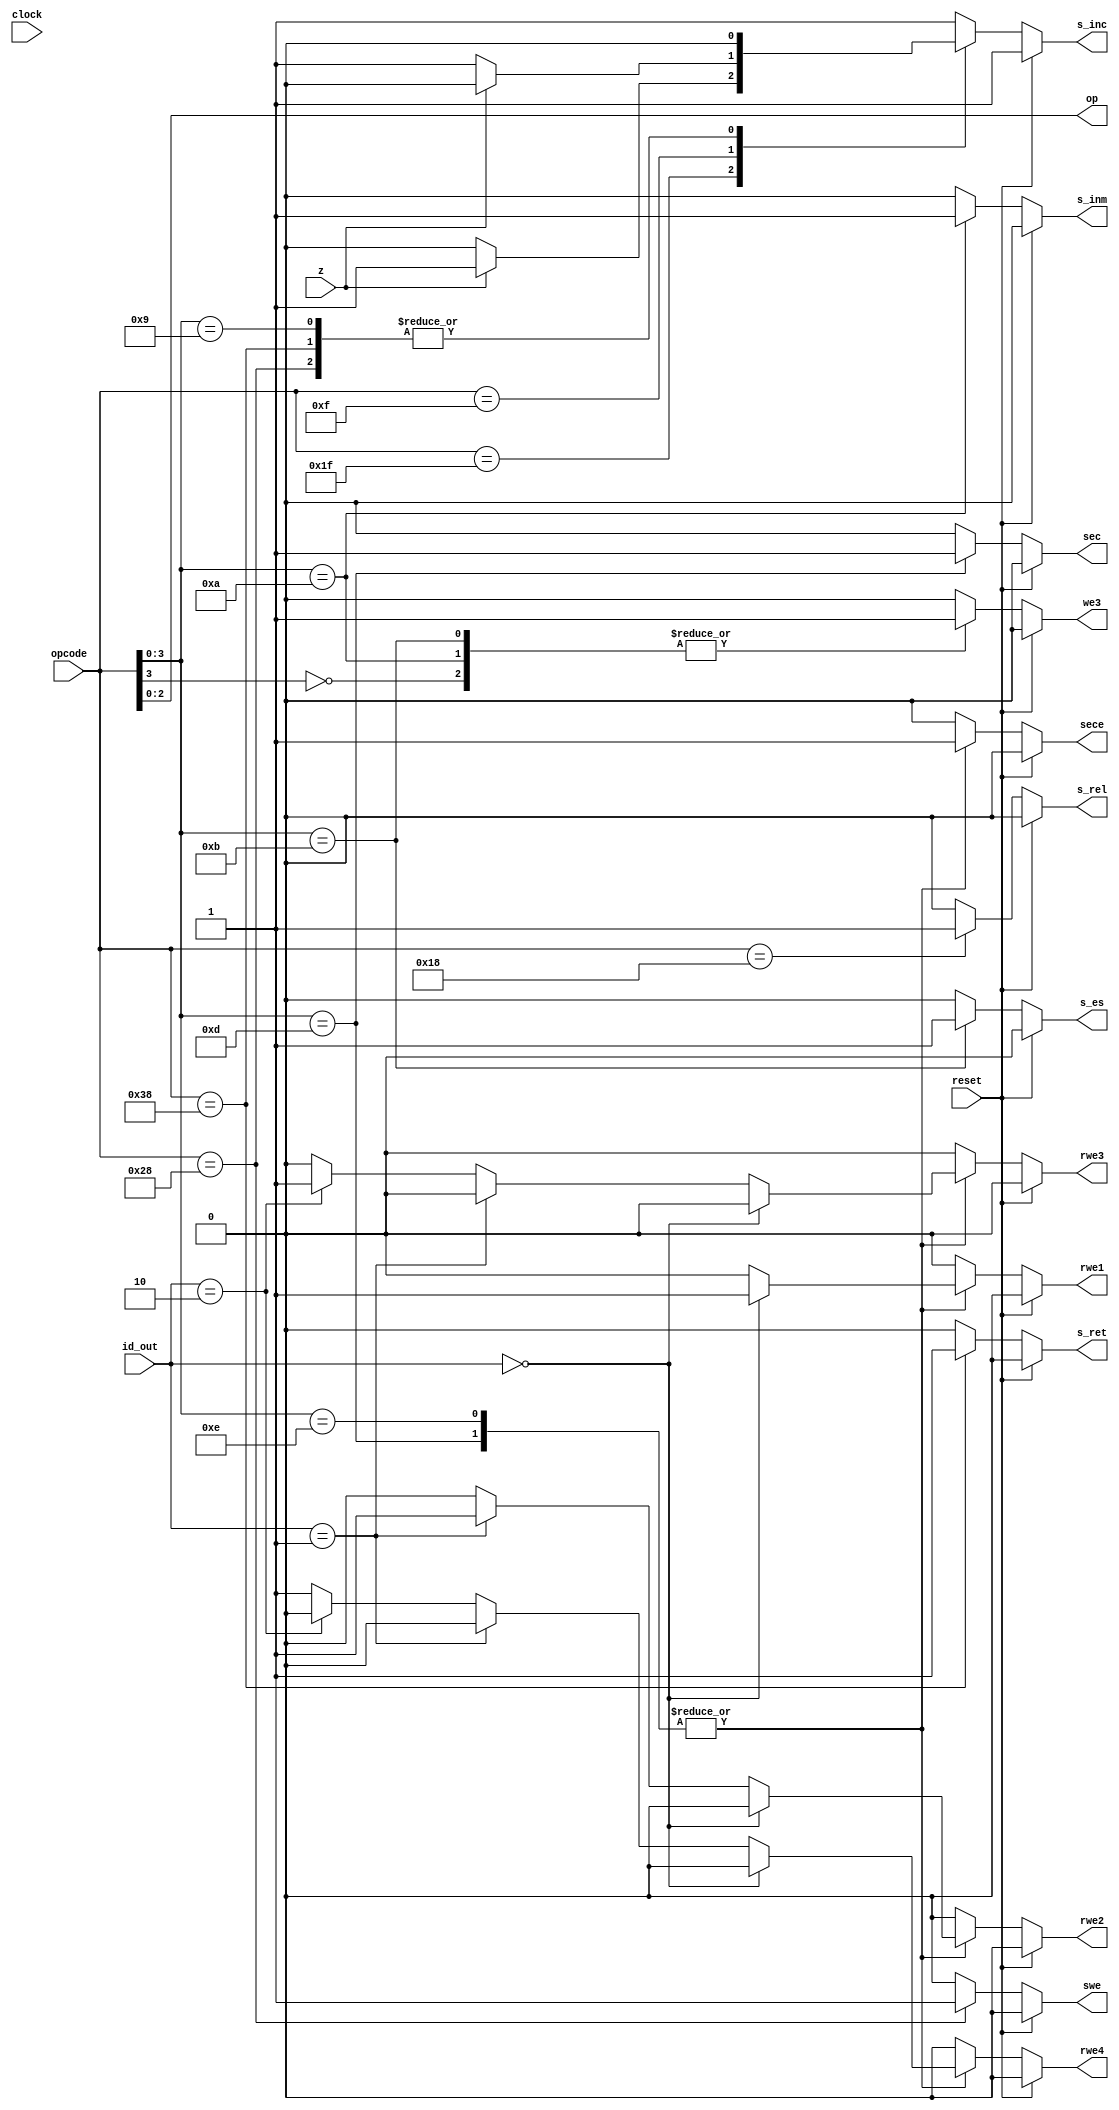
module uc(input wire clock,reset,z, input wire [1:0] id_out, input wire [5:0] opcode, 
          output reg s_inc, s_inm, we3, rwe1, rwe2, rwe3, rwe4, sec, sece, s_es, s_rel, swe, s_ret, output wire [2:0] op);


  assign op = opcode[2:0];

  always @(*)
  begin

    rwe1 <= 1'b0;      //Desactivar puertos de E/S
    rwe2 <= 1'b0;      //Desactivar puertos de E/S
    rwe3 <= 1'b0;      //Desactivar puertos de E/S
    rwe4 <= 1'b0;      //Desactivar puertos de E/S
    swe <= 1'b0;      //desactivar registro especial(subrutina)
    s_ret <= 1'b0;    //no tomar valor de retorno
    sece <= 1'b0;     //Desactivar Salida de E/S

    if (reset == 1'b1)
    begin
      we3 <= 1'b0;   //No escribir en el banco de registros
      s_inm <= 1'b0; //Da igual el valor, no se trabaja con registros
      s_inc <= 1'b1; //Para que el PC coja la siguiente instruccin
      sec <= 1'b0;      //Da igual
      sece <= 1'b0;     //Desactivar Salida de E/S
      s_es <= 1'b0;     //Desactivar E/S
      s_rel <= 1'b0;    //Despreciar salto relativo
      swe <= 1'b0;      //desactivar registro especial(subrutina)
      s_ret <= 1'b0;    //no tomar valor de retorno
    end

    else
    begin
      casex (opcode)              

        // Instrucciones arimticas (4bit a 0)
        6'bxx0xxx:
        begin
          //op <= opcode[2:0]; //Cdigo de operacin de ALU
          we3 <= 1'b1;       //Permitir escritura en registros
          s_inm <= 1'b0;     //Escoger resultado de la ALU
          s_inc <= 1'b1;     //Escoger siguiente instruccin
          sec <= 1'b0;      //Da igual
          sece <= 1'b0;     //Desactivar Salida de E/S
          s_es <= 1'b0;     //Desactivar E/S
          s_rel <= 1'b0;    //Despreciar salto relativo
        end

        // Instruccin: Carga Inmediata
        6'bxx1010:
        begin
          we3 <= 1'b1;       //Permitir escritura en registros
          s_inm <= 1'b1;     //La ALU no nos interesa
          s_inc <= 1'b1;     //Escoger siguiente instruccin
          sec <= 1'b0;      //Da igual
          sece <= 1'b0;     //Desactivar Salida de E/S
          s_es <= 1'b0;     //Desactivar E/S
          s_rel <= 1'b0;    //Despreciar salto relativo         
        end

        // Instruccin: Salto Incondicional
        6'bxx1001:
        begin
          we3 <= 1'b0;       //No trabaja con registros
          s_inm <= 1'b0;     //Da igual el valor porque no se trabaja con registros
          s_inc <= 1'b0;     //Escoger el salto indicado
          sec <= 1'b0;      //Da igual
          sece <= 1'b0;     //Desactivar Salida de E/S
          s_es <= 1'b0;     //Desactivar E/S
          s_rel <= 1'b0;    //Despreciar salto relativo         
        end

        // Instruccin: LES cargar desde E/S
        6'bxx1011:
        begin
          we3 <= 1'b1;       //Permitir escritura en registros
          s_inm <= 1'b0;     //Da igual el valor porque no se trabaja con registro
          sec <= 1'b0;      //Da igual
          sece <= 1'b0;     //Desactivar Salida de E/S
          s_es <= 1'b1;     //Activar entrada desde E/S
          s_inc <= 1'b1;   //Siguiente instruccin
          s_rel <= 1'b0;    //Despreciar salto relativo        
        end



/////////////////////////////////////////////////////////////////////////////////////////////////////////////////////////////


        // Instruccin: PRINT muestra por pantalla un registro
        // 6'bxx1100:
        // begin
        //   // we3 <= 1'b0;       // No trabaja con registros
        //   // s_inm <= 1'b0;     // Da igual el valor porque no se trabaja con registro
        //   // sec <= 1'b1;      // Se envia a la E/S desde un registro
        //   // s_es <= 1'b0;     //Desactivar entrada desde E/S
        //   // s_inc <= 1'b1;    //Siguiente instruccin
        //   // s_rel <= 1'b0;    //Despreciar salto relativo        

        //   // rwe1 <= 1'b1;
        //   // rwe2 <= 1'b1;
        //   // rwe3 <= 1'b1;
        //   // rwe4 <= 1'b1;

        // end

//////////////////////////////////////////////////////////////////////////////////////////////////////////////////////////////



        // Instruccin: Envia a la E/S desde el registro
        6'bxx1101:
        begin
          we3 <= 1'b0;       //No trabaja con registros
          s_inm <= 1'b0;     //Da igual el valor porque no se trabaja con registros
          sec <= 1'b1;      //A 1 = Registro
          sece <= 1'b1;     //Activar Salida de E/S
          s_es <= 1'b0;     //Desctivar entrada desde E/S
          s_inc <= 1'b1;   //Siguiente instruccin
          s_rel <= 1'b0;    //Despreciar salto relativo        
          if (id_out == 2'b00)
            rwe1 <= 1'b1;
          else if(id_out == 2'b01)
            rwe2 <= 1'b1;
          else if(id_out == 2'b10)
            rwe3 <= 1'b1;
          else
            rwe4 <= 1'b1;                      
        end

        // Instruccin: Envia a la E/S desde la memoria
        6'bxx1110:
        begin
          we3 <= 1'b0;       //No trabaja con registros
          s_inm <= 1'b0;     //Da igual el valor porque no se trabaja con registros
          sec <= 1'b0;      //A 0 = Memoria
          sece <= 1'b1;     //Activar Salida de E/S
          s_es <= 1'b0;     //Desctivar entrada desde E/S
          s_inc <= 1'b1;   //Siguiente instruccin
          s_rel <= 1'b0;    //Despreciar salto relativo        
          if (id_out == 2'b00)
            rwe1 <= 1'b1;
          else if(id_out == 2'b01)
            rwe2 <= 1'b1;
          else if(id_out == 2'b10)
            rwe3 <= 1'b1;
          else
            rwe4 <= 1'b1;              
        end                

        // Instruccin: Salto Condicional (si z=0)
        6'b011111:
        begin
          we3 <= 1'b0;       //No trabaja con registros
          s_inm <= 1'b0;     //Da igual el valor porque no se trabaja con registros
          sec <= 1'b0;      //Da igual
          sece <= 1'b0;     //Desactivar Salida de E/S
          s_es <= 1'b0;     //Desactivar E/S
          s_rel <= 1'b0;    //Despreciar salto relativo        
          if (z == 1'b0)
            s_inc <= 1'b0;   //Saltar
          else
            s_inc <= 1'b1;   //Siguiente instrucin
        end
    
        // Instruccin: Salto Condicional (si z=1)
        6'b001111:
        begin
          we3 <= 1'b0;       //No trabaja con registros
          s_inm <= 1'b0;     //Da igual el valor porque no se trabaja con registros
          sec <= 1'b0;      //Da igual
          sece <= 1'b0;     //Desactivar Salida de E/S
          s_es <= 1'b0;     //Desactivar E/S
          s_rel <= 1'b0;    //Despreciar salto relativo        
          if (z == 1'b0)
            s_inc <= 1'b1;   //Siguiente instruccin
          else
            s_inc <= 1'b0;   //Saltar
        end

        //Instruccin: Salto relativo
        6'b011000:
        begin
          we3 <= 1'b0;       //Denegar escritura en registros
          s_inm <= 1'b0;     //La ALU no nos interesa
          s_inc <= 1'b1;     //Escoger el salto relativo
          sec <= 1'b0;      //Da igual
          sece <= 1'b0;     //Desactivar Salida de E/S
          s_es <= 1'b0;     //Desactivar E/S
          s_rel <= 1'b1;    //Escoger salto relativo       
        end
        
        //Instruccin: Salto a subrutina
        6'b101000:
        begin
          we3 <= 1'b0;       //Denegar escritura en registros
          s_inm <= 1'b0;     //La ALU no nos interesa
          s_inc <= 1'b0;     //Escoger siguiente instruccin
          sec <= 1'b0;      //Da igual
          sece <= 1'b0;     //Desactivar Salida de E/S
          s_es <= 1'b0;     //Desactivar E/S
          s_rel <= 1'b0;    //Escoger siguiente instruccin
          swe <= 1'b1;      //activar registro especial(subrutina)        
        end
        
        //Instruccin: Retorno subrutina
        6'b111000:
        begin
          we3 <= 1'b0;       //denegar escritura en registros
          s_inm <= 1'b0;     //La ALU no nos interesa
          s_inc <= 1'b0;     //da igual
          sec <= 1'b0;      //Da igual
          sece <= 1'b0;     //Desactivar Salida de E/S
          s_es <= 1'b0;     //Desactivar E/S
          s_rel <= 1'b0;    //Da igual
          s_ret <= 1'b1;    //Tomar el valor de retorno          
        end

        //Instruccin: NOP
        6'b111111:
        begin
          we3 <= 1'b0;       //Denegar escritura en registros
          s_inm <= 1'b0;     //La ALU no nos interesa
          s_inc <= 1'b1;     //Escoger siguiente instruccin
          sec <= 1'b0;      //Da igual
          sece <= 1'b0;     //Desactivar Salida de E/S
          s_es <= 1'b0;     //Desactivar E/S
          s_rel <= 1'b0;    //No activar salto relativo   
          s_ret <= 1'b0;    //No tomar el valor de retorno        
        end

        default:
        begin
          we3 <= 1'b0;       //Denegar escritura en registros
          s_inm <= 1'b0;     //La ALU no nos interesa
          s_inc <= 1'b1;     //Escoger siguiente instruccin
          sec <= 1'b0;      //Da igual
          sece <= 1'b0;     //Desactivar Salida de E/S
          s_es <= 1'b0;     //Desactivar E/S
          s_rel <= 1'b0;    //No activar salto relativo   
          s_ret <= 1'b0;    //No tomar el valor de retorno       
        end
      endcase
    end
  end

endmodule